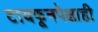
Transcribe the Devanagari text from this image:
टायफूनपेक्षाही